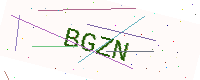
Text: BGZN